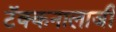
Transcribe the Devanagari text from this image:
टॅक्कनालाजी